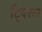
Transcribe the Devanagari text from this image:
ट्विस्टा